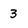
Character: 3